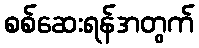
စစ်ဆေးရန်အတွက်